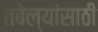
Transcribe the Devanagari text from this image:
तबेल्यांसाठी